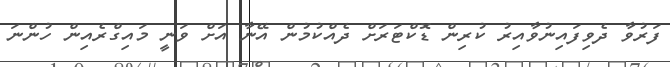
ފަރުވާ ދެވިފައިނުވާއިރު ކުރިން ޑޮޮކްޓަރަށް ދެއްކުމުން އޭނާ އަށް ވަނީ މައިގްރެއިން ހުންނަ